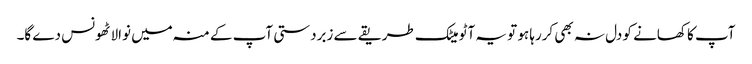
آپ کا کھانے کو دل نہ بھی کررہا ہو تو یہ آٹو میٹک طریقے سے زبردستی آپ کے منہ میں نوالا ٹھونس دے گا۔